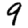
Digit: 9